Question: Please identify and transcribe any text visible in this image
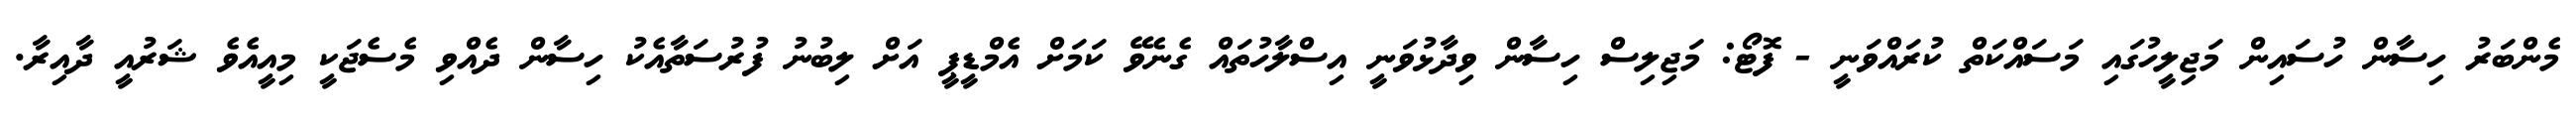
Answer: މެންބަރު ހިސާން ހުސައިން މަޖިލީހުގައި މަސައްކަތް ކުރައްވަނީ - ފޮޓޯ: މަޖިލިސް ހިސާން ވިދާޅުވަނީ އިސްލާހުތައް ގެނެވޭ ކަމަށް އެމްޑީޕީ އަށް ލިބުނު ފުރުސަތާއެކު ހިސާން ދެއްވި މެސެޖަކީ މިއީއެވެ ޝަރުއީ ދާއިރާ.